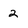
Character: 2